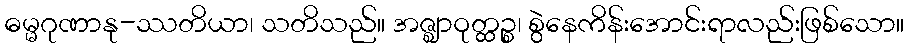
ဓမ္မဂုဏာနု-ဿတိယာ၊ သတိသည်။ အဇ္ဈာဝုတ္ထဉ္စ၊ စွဲနေကိန်းအောင်းရာလည်းဖြစ်သော။